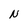
Character: N